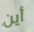
أين